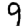
Digit: 9